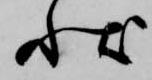
状